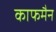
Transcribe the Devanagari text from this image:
काफमैन